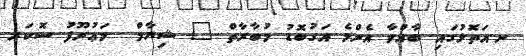
ނ.އަތޮޅުގައި ބާއްވާ އެންމެ އަގުބޮޑު މުބާރާތް " ޝިޔާމް  މަޢުރޫފު ސޮކަރ